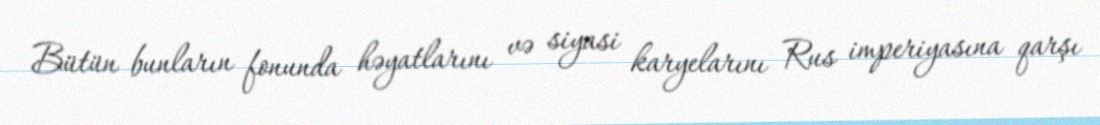
Bütün bunların fonunda həyatlarını və siyasi karyelarını Rus imperiyasına qarşı